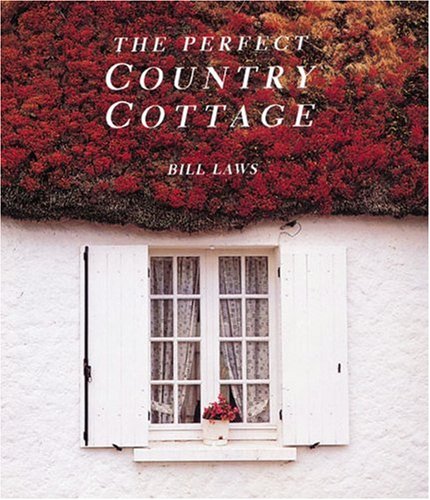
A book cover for The Perfect Country Cottage; Bill Laws; Crafts, Hobbies & Home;